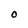
Character: O